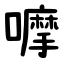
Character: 嚤